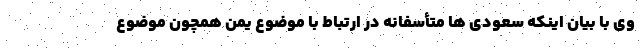
وی با بیان اینکه سعودی ها متأسفانه در ارتباط با موضوع یمن همچون موضوع